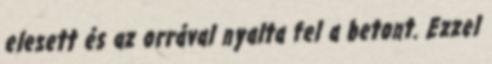
elesett és az orrával nyalta fel a betont. Ezzel